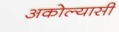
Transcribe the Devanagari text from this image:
अकोल्यासी